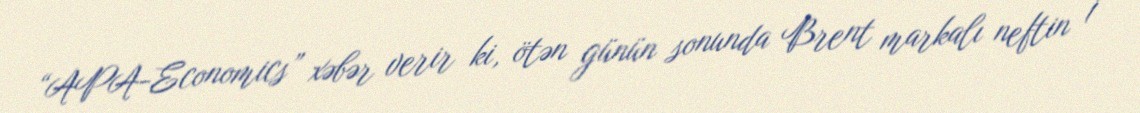
“APA-Economics” xəbər verir ki, ötən günün sonunda Brent markalı neftin 1